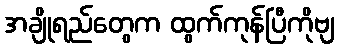
အချိုရည်တွေက ထွက်ကုန်ပြီကိုဗျ